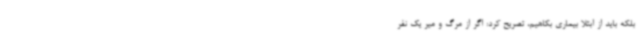
بلکه باید از ابتلا بیماری بکاهیم، تصریح کرد: اگر از مرگ و میر یک نفر